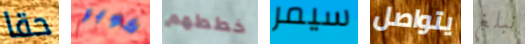
حقا كوبر خططهم سيمر يتواصل نبلغ